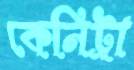
কেনিট্রা